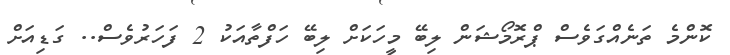
ކޮންމެ ތަނެއްގަވެސް ޕްރޮމޯޝަން ލިބޭ މީހަކަށް ލިބޭ ހަފްތާއަކު 2 ފަހަރުވެސް.. ގަޑިއަށް